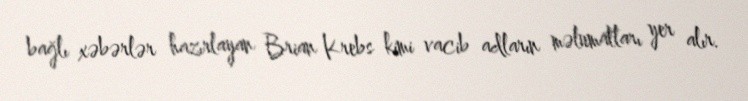
bağlı xəbərlər hazırlayan Brian Krebs kimi vacib adların məlumatları yer alır.